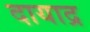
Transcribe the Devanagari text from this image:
दायाद्र